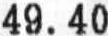
49.40